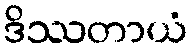
ဒိဿတာယံ